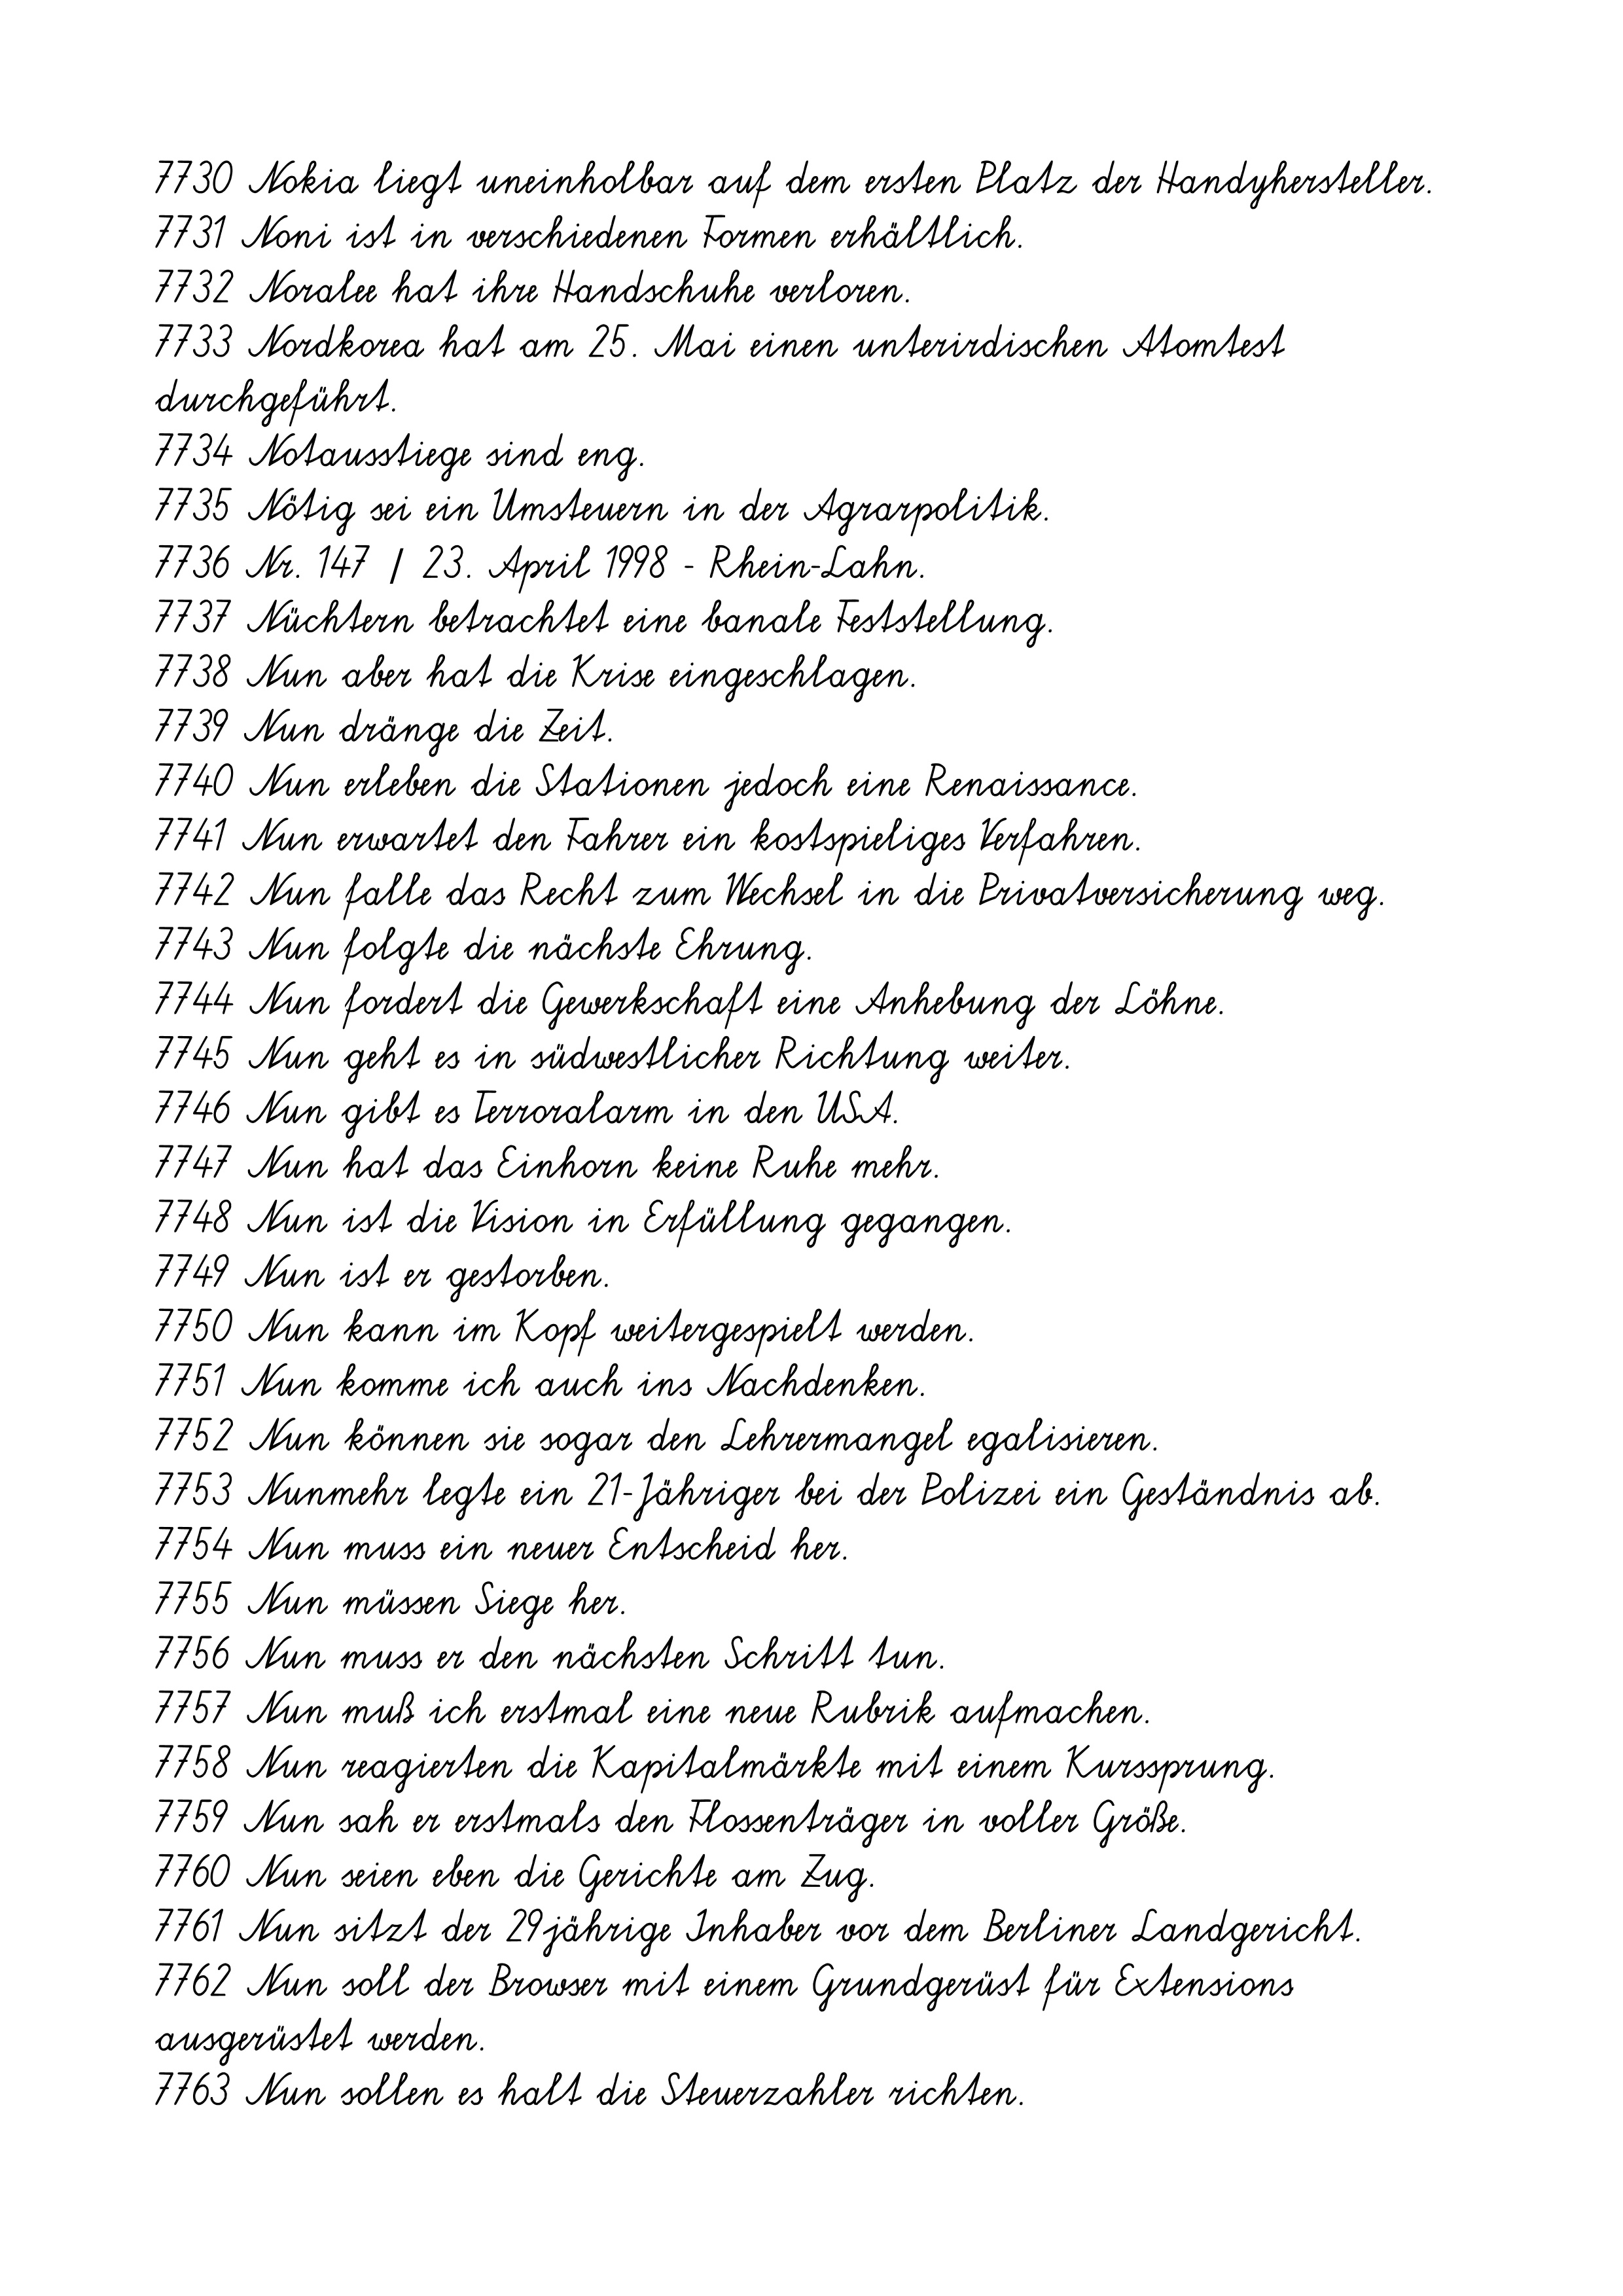
7730 Nokia liegt uneinholbar auf dem ersten Platz der Handyhersteller.
7731 Noni ist in verschiedenen Formen erhältlich.
7732 Noralee hat ihre Handschuhe verloren.
7733 Nordkorea hat am 25. Mai einen unterirdischen Atomtest
durchgeführt.
7734 Notausstiege sind eng.
7735 Nötig sei ein Umsteuern in der Agrarpolitik.
7736 Nr. 147 / 23. April 1998 - Rhein-Lahn.
7737 Nüchtern betrachtet eine banale Feststellung.
7738 Nun aber hat die Krise eingeschlagen.
7739 Nun dränge die Zeit.
7740 Nun erleben die Stationen jedoch eine Renaissance.
7741 Nun erwartet den Fahrer ein kostspieliges Verfahren.
7742 Nun falle das Recht zum Wechsel in die Privatversicherung weg.
7743 Nun folgte die nächste Ehrung.
7744 Nun fordert die Gewerkschaft eine Anhebung der Löhne.
7745 Nun geht es in südwestlicher Richtung weiter.
7746 Nun gibt es Terroralarm in den USA.
7747 Nun hat das Einhorn keine Ruhe mehr.
7748 Nun ist die Vision in Erfüllung gegangen.
7749 Nun ist er gestorben.
7750 Nun kann im Kopf weitergespielt werden.
7751 Nun komme ich auch ins Nachdenken.
7752 Nun können sie sogar den Lehrermangel egalisieren.
7753 Nunmehr legte ein 21-Jähriger bei der Polizei ein Geständnis ab.
7754 Nun muss ein neuer Entscheid her.
7755 Nun müssen Siege her.
7756 Nun muss er den nächsten Schritt tun.
7757 Nun muß ich erstmal eine neue Rubrik aufmachen.
7758 Nun reagierten die Kapitalmärkte mit einem Kurssprung.
7759 Nun sah er erstmals den Flossenträger in voller Größe.
7760 Nun seien eben die Gerichte am Zug.
7761 Nun sitzt der 29jährige Inhaber vor dem Berliner Landgericht.
7762 Nun soll der Browser mit einem Grundgerüst für Extensions
ausgerüstet werden.
7763 Nun sollen es halt die Steuerzahler richten.